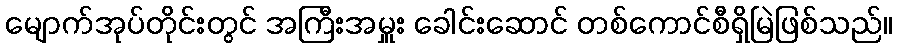
မျောက်အုပ်တိုင်းတွင် အကြီးအမှူး ခေါင်းဆောင် တစ်ကောင်စီရှိမြဲဖြစ်သည်။